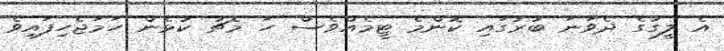
އެ ލީގުގެ ދެވަނަ ބުރުގައި ކޮންމެ ޓީމެއްވެސް ހަ މެޗު ކުޅެން ހަމަޖެހިފައިވެ